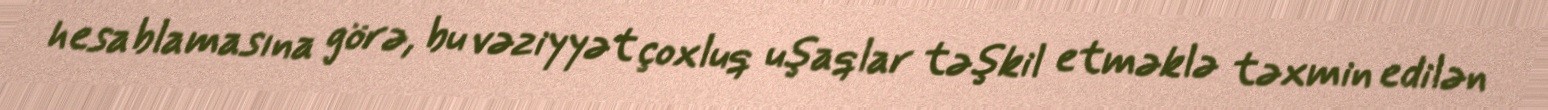
hesablamasına görə, bu vəziyyət çoxluq uşaqlar təşkil etməklə təxmin edilən